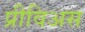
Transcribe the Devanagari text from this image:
प्रीविअस